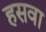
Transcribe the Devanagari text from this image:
हसवा